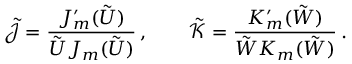
\tilde { \mathcal { J } } = \frac { J _ { m } ^ { \prime } ( \tilde { U } ) } { \tilde { U } J _ { m } ( \tilde { U } ) } \, , \qquad \tilde { \mathcal { K } } = \frac { K _ { m } ^ { \prime } ( \tilde { W } ) } { \tilde { W } K _ { m } ( \tilde { W } ) } \, .